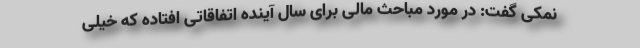
نمکی گفت: در مورد مباحث مالی برای سال آینده اتفاقاتی افتاده که خیلی